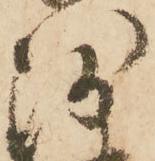
沙